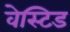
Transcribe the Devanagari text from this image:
वेस्टिड